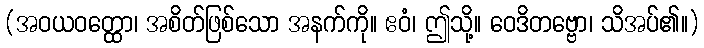
(အဝယဝတ္ထော၊ အစိတ်ဖြစ်သော အနက်ကို။ ဧဝံ၊ ဤသို့။ ဝေဒိတဗ္ဗော၊ သိအပ်၏။)